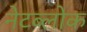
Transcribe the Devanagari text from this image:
नेटब्लोक